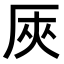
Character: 𠩘